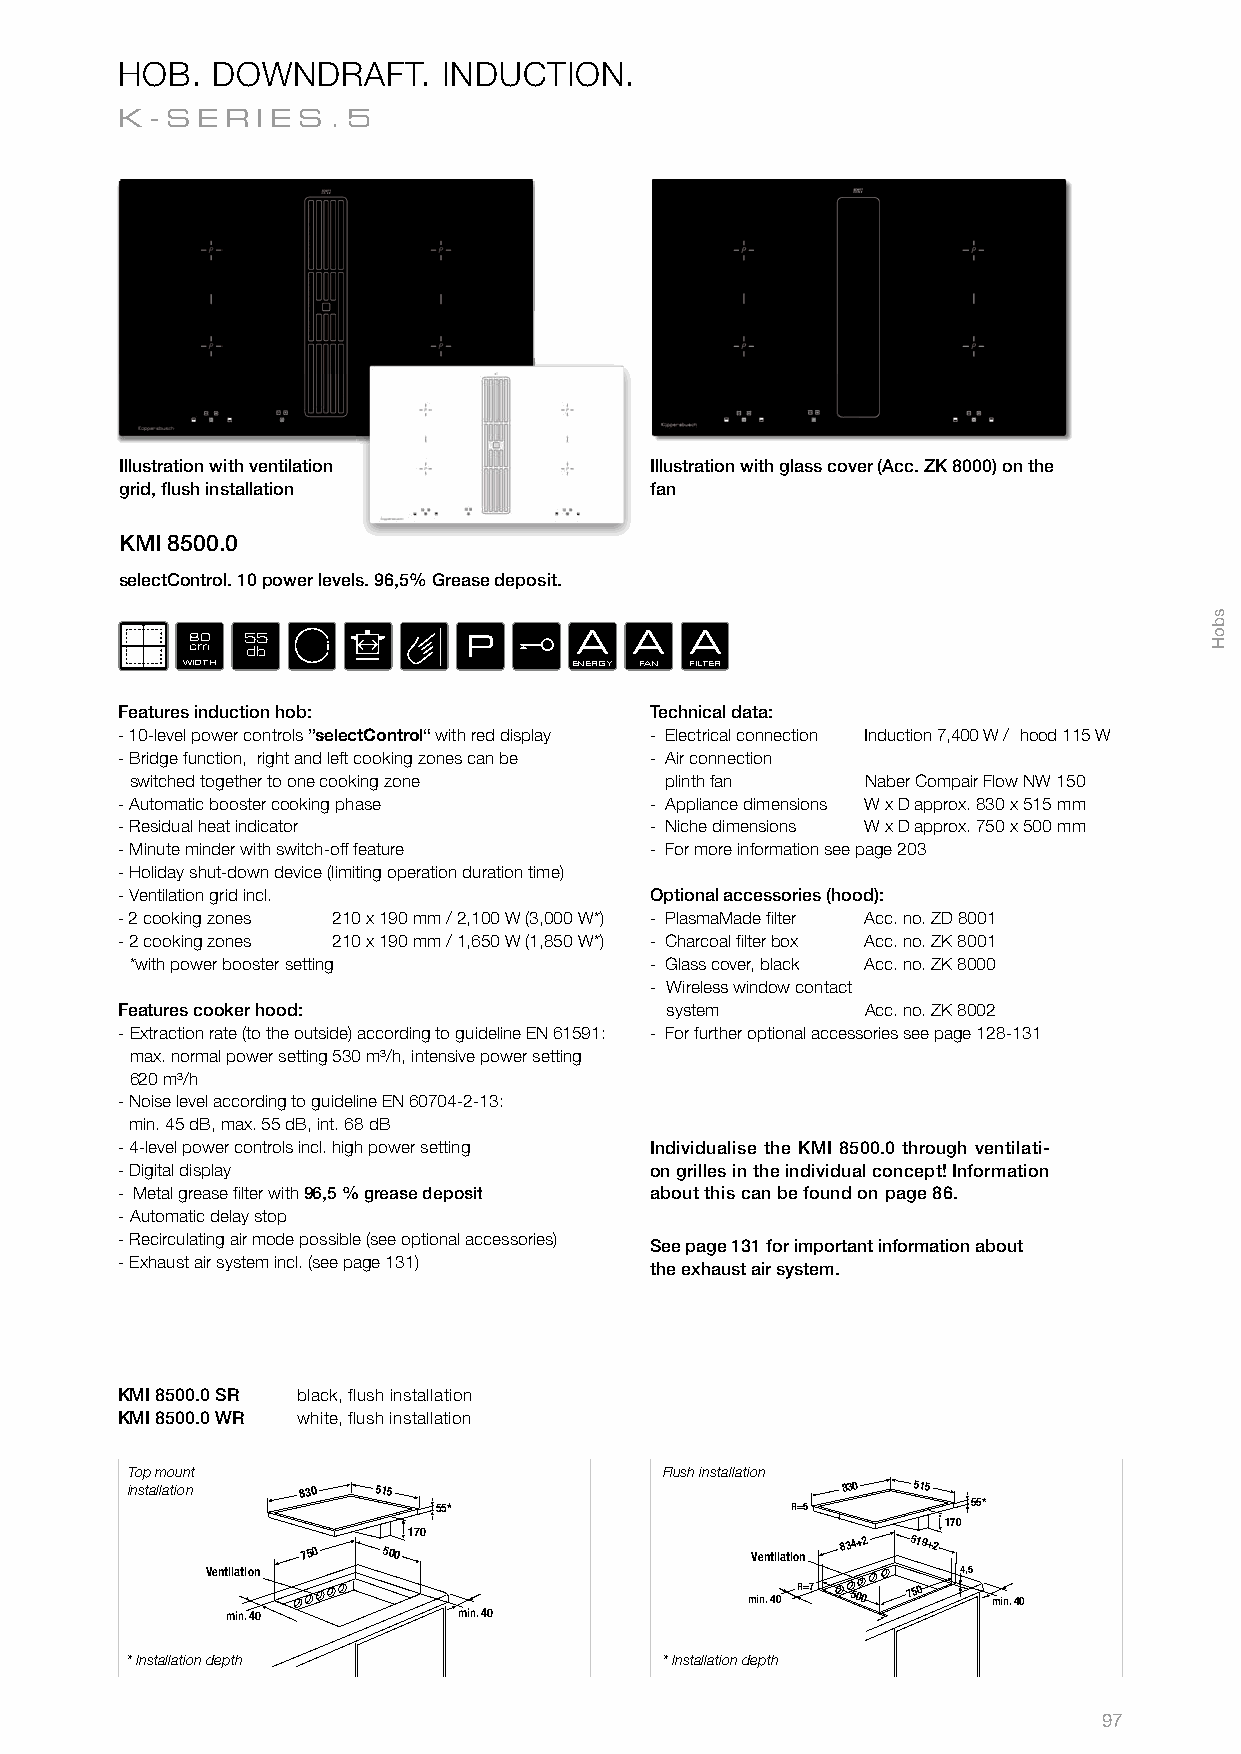
HOB.  DOWNDRAFT.     INDUCTION.
 K-SER    IES.5
 Illustration with ventilation      Illustration with glass cover (Acc. ZK 8000) on the
 grid, fl ush installation          fan
 KMI 8500.0
 selectControl. 10 power levels. 96,5% Grease deposit.
 80 55             P      A   A   A
 cm db
 WIDTH                     ENERGY FAN FILTER
 Features induction hob:            Technical data:
 ­ 10­level power controls ”selectControl“ with red display ­ Electrical connection Induction 7,400 W / hood 115 W
 ­ Bridge function, right and left cooking zones can be ­ Air connection
 switched together to one cooking zone plinth fan Naber Compair Flow NW 150
 ­ Automatic booster cooking phase  ­ Appliance dimensions W x D approx. 830 x 515 mm
 ­ Residual heat indicator          ­ Niche dimensions W x D approx. 750 x 500 mm
 ­ Minute minder with switch­off feature ­ For more information see page 203
 ­ Holiday shut­down device (limiting operation duration time)
 ­ Ventilation grid incl.           Optional accessories (hood):
 ­ 2 cooking zones 210 x 190 mm / 2,100 W (3,000 W*) ­ PlasmaMade fi lter Acc. no. ZD 8001
 ­ 2 cooking zones 210 x 190 mm / 1,650 W (1,850 W*) ­ Charcoal fi lter box Acc. no. ZK 8001
 *with power booster setting       ­ Glass cover, black Acc. no. ZK 8000
 - Wireless window contact
 Features cooker hood:               system       Acc. no. ZK 8002
 ­ Extraction rate (to the outside) according to guideline EN 61591: - For further optional accessories see page 128­131
 max. normal power setting 530 m³/h, intensive power setting
 620 m³/h
 ­ Noise level according to guideline EN 60704­2­13:
 min. 45 dB, max. 55 dB, int. 68 dB
 ­ 4­level power controls incl. high power setting Individualise the KMI 8500.0 through ventilati-
 ­ Digital display                  on grilles in the individual concept! Information
 ­ Metal grease fi lter with 96,5 % grease deposit about this can be found on page 86.
 ­ Automatic delay stop
 ­ Recirculating air mode possible (see optional accessories)
 See page 131 for important information about
 ­ Exhaust air system incl. (see page 131)
 the exhaust air system.
 KMI 8500.0 SR black, flush installation
 KMI 8500.0 WR white, flush installation
 Top mount                           Flush installation
 installation 830 515                            830 515
 55*                    R=5         55*
 170
 170
 750  500                      Ventilation
 834+2 519+2
 VVeennttiillaattiioonn                            4,5
 min. 40
 R=7
 500
 750
 min. 40
 min. 40        min. 40
 * Installation depth                * Installation depth
 97
 sboH